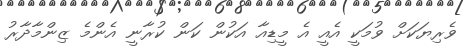
ވެރިޔަކަށް ވުމަކީ އެއީ އެ މީޑިއާ އަކުން ކަން ކުރާނީ އެންމެ ޒިންމާދާރު